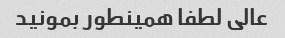
عالى لطفا همینطور بمونید